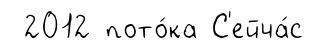
2012 пото́ка С'ейча́с